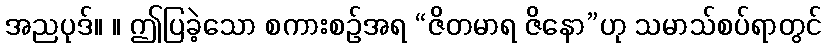
အညပုဒ်။ ။ ဤပြခဲ့သော စကားစဉ်အရ “ဇိတမာရ ဇိနော”ဟု သမာသ်စပ်ရာတွင်